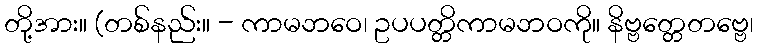
တို့အား။ (တစ်နည်း။ - ကာမဘဝေ၊ ဥပပတ္တိကာမဘဝကို။ နိဗ္ဗတ္တေတဗ္ဗေ၊